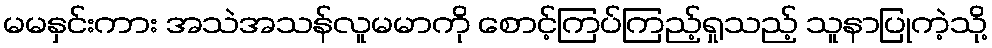
မမနှင်းကား အသဲအသန်လူမမာကို စောင့်ကြပ်ကြည့်ရှုသည့် သူနာပြုကဲ့သို့